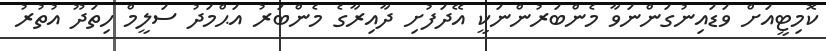
ކޮމިޓީއަށް ވަޑައިނުގަންނަވާ މެންބަރުންނަކީ އޭދަފުށި ދާއިރާގެ މެންބަރު އަޙްމަދު ސަލީމް ހިތަދޫ އުތުރު